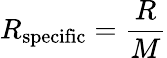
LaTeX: R_{\mathrm{{specific}}}={\frac{R}{M}}